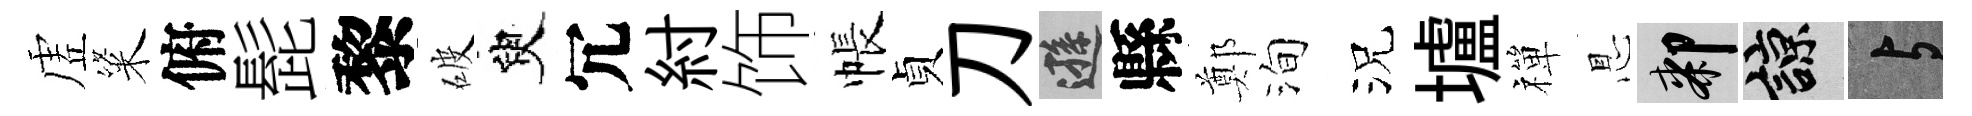
虗粢俯髭黎破臾冗紂饰帳貞刀遜縣鄭洵況壚禪㤙膝諒与